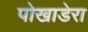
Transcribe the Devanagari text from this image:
पोखाडेरा